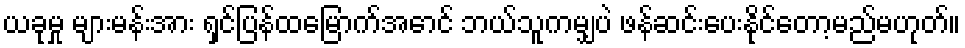
ယခုမှု များမန်းအား ရှင်ပြန်ထမြောက်အောင် ဘယ်သူကမျှပဲ ဖန်ဆင်းပေးနိုင်တော့မည်မဟုတ်။